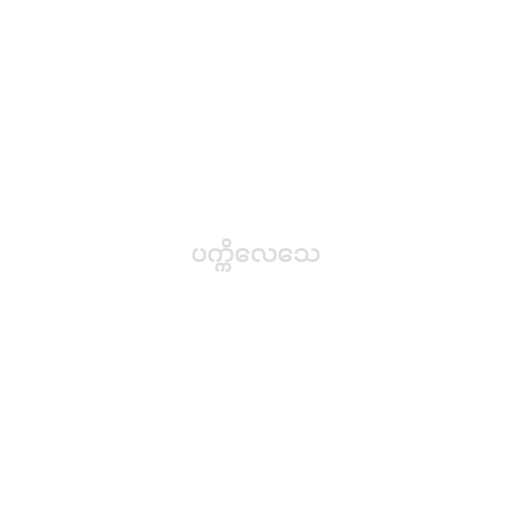
ပက္ကိလေသေ